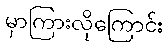
မှာကြားလိုကြောင်း